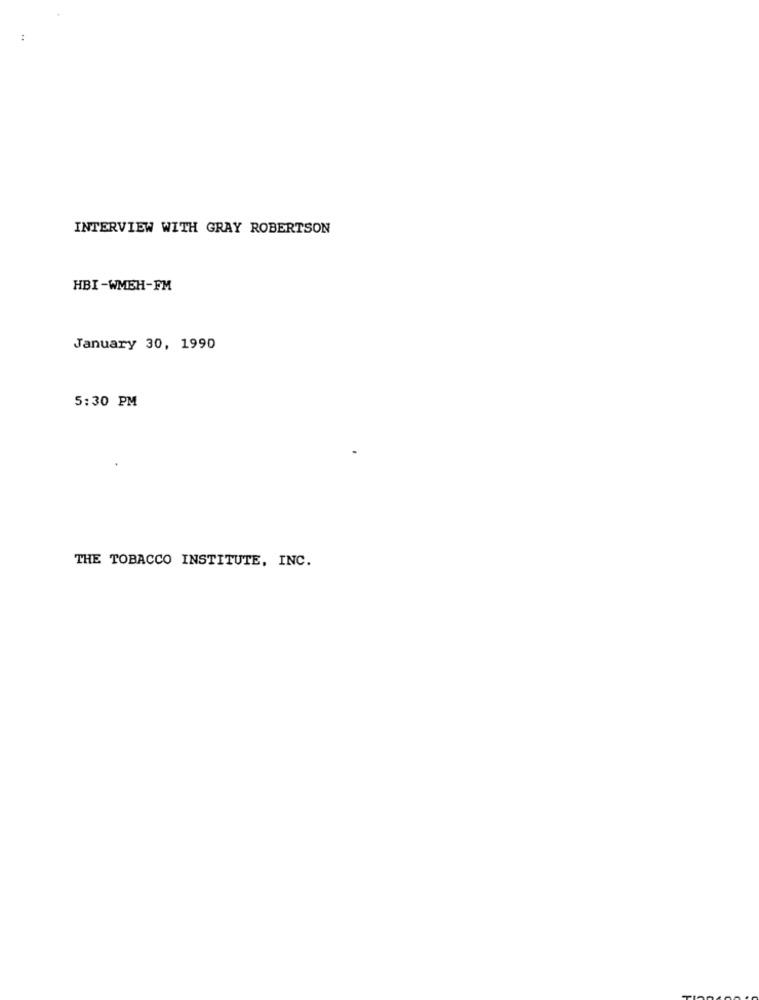
INTERVIEW WITH GRAY ROBERTSON
HBI-WMEH-FM
January 30, 1990
5:30 PM
THE TOBACCO INSTITUTE, INC.